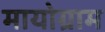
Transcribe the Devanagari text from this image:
मायोग्राम